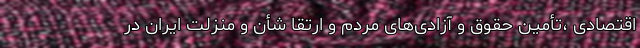
اقتصادی ،تأمین حقوق و آزادی‌های مردم و ارتقا شأن و منزلت ایران در